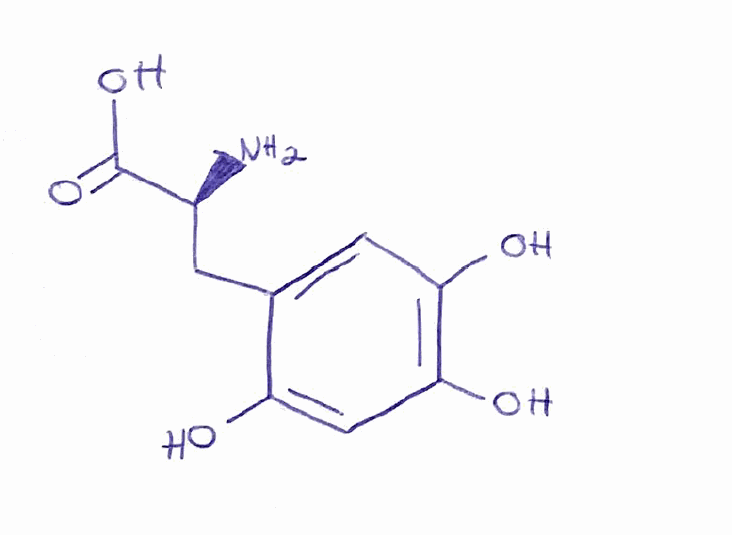
Simplified molecular-input line-entry system (SMILES) notation of the given molecule:
C1=C(C(=CC(=C1O)O)O)C[C@@H](C(=O)O)N